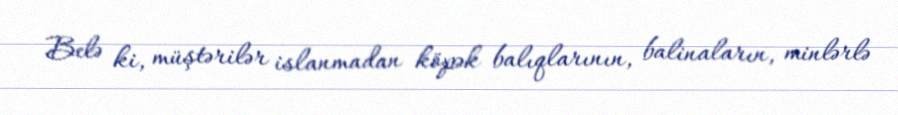
Belə ki, müştərilər islanmadan köpək balıqlarının, balinaların, minlərlə